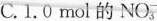
C.1.0mol的NO_{3}^{-}